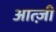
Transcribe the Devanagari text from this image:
आत्ज़ी